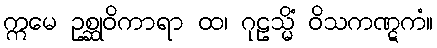
ဣမေ ဥစ္ဆုဝိကာရာ ထ၊ ဂုဠသ္မိံ ဝိသကဏ္ဋကံ။